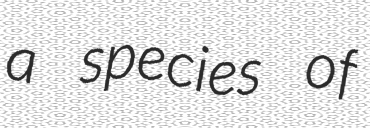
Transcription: a species of